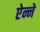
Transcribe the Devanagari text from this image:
ऐन्ने